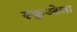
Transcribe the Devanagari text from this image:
स्कुओला